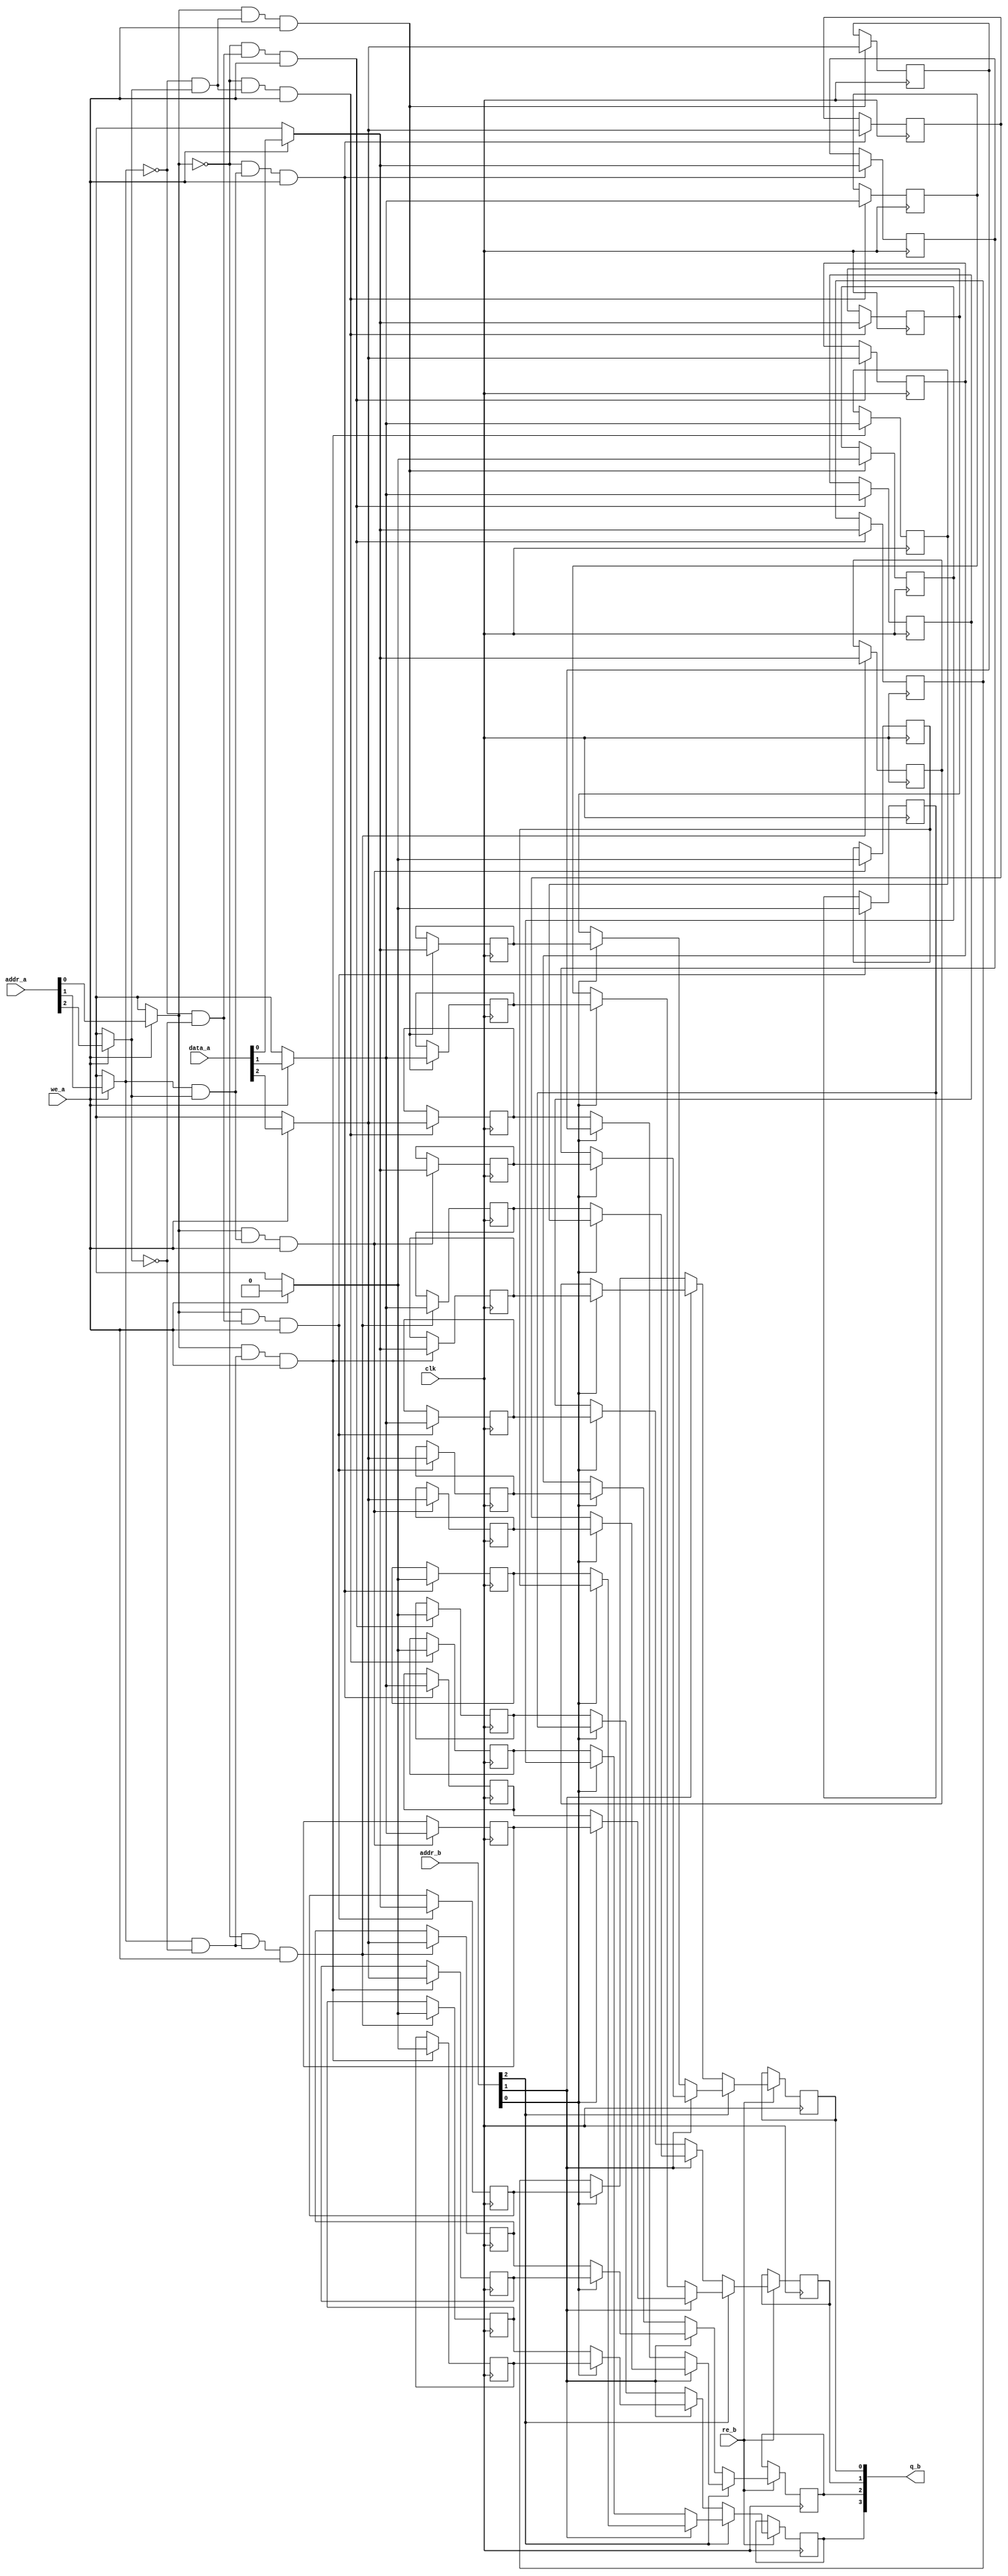
/* Generated by Yosys 0.7+281 (git sha1 d38a64b, gcc 4.9.2-10 -fPIC -Os) */

(* src = "DRAM/DRAM1.v:1" *)
module DRAM1(data_a, addr_a, addr_b, we_a, re_b, clk, q_b);
  (* src = "DRAM/DRAM1.v:15" *)
  wire [2:0] _000_;
  (* src = "DRAM/DRAM1.v:15" *)
  wire [3:0] _001_;
  wire _002_;
  wire _003_;
  wire _004_;
  wire _005_;
  wire _006_;
  wire _007_;
  wire _008_;
  wire _009_;
  wire _010_;
  wire _011_;
  wire _012_;
  wire _013_;
  wire _014_;
  wire _015_;
  wire _016_;
  wire [3:0] _017_;
  wire [3:0] _018_;
  wire [3:0] _019_;
  wire [3:0] _020_;
  wire [3:0] _021_;
  wire [3:0] _022_;
  wire [3:0] _023_;
  wire [3:0] _024_;
  wire _025_;
  wire _026_;
  wire _027_;
  wire _028_;
  wire _029_;
  wire _030_;
  wire _031_;
  wire _032_;
  wire [3:0] _033_;
  wire [3:0] _034_;
  wire [3:0] _035_;
  wire [3:0] _036_;
  wire [3:0] _037_;
  wire [3:0] _038_;
  wire [3:0] _039_;
  wire [3:0] _040_;
  (* src = "DRAM/DRAM1.v:4" *)
  input [2:0] addr_a;
  (* src = "DRAM/DRAM1.v:4" *)
  input [2:0] addr_b;
  (* src = "DRAM/DRAM1.v:5" *)
  input clk;
  (* src = "DRAM/DRAM1.v:3" *)
  input [2:0] data_a;
  (* src = "DRAM/DRAM1.v:6" *)
  output [3:0] q_b;
  reg [3:0] q_b;
  reg [3:0] \ram[0] ;
  reg [3:0] \ram[1] ;
  reg [3:0] \ram[2] ;
  reg [3:0] \ram[3] ;
  reg [3:0] \ram[4] ;
  reg [3:0] \ram[5] ;
  reg [3:0] \ram[6] ;
  reg [3:0] \ram[7] ;
  (* src = "DRAM/DRAM1.v:5" *)
  input re_b;
  (* src = "DRAM/DRAM1.v:5" *)
  input we_a;
  assign _021_[0] = addr_b[0] ? \ram[3] [0] : \ram[2] [0];
  assign _021_[1] = addr_b[0] ? \ram[3] [1] : \ram[2] [1];
  assign _021_[2] = addr_b[0] ? \ram[3] [2] : \ram[2] [2];
  assign _021_[3] = addr_b[0] ? \ram[3] [3] : \ram[2] [3];
  assign _036_[0] = _028_ ? _001_[0] : \ram[3] [0];
  assign _036_[1] = _028_ ? _001_[1] : \ram[3] [1];
  assign _036_[2] = _028_ ? _001_[2] : \ram[3] [2];
  assign _036_[3] = _028_ ? _001_[3] : \ram[3] [3];
  assign _019_[0] = addr_b[1] ? _023_[0] : _022_[0];
  assign _019_[1] = addr_b[1] ? _023_[1] : _022_[1];
  assign _019_[2] = addr_b[1] ? _023_[2] : _022_[2];
  assign _019_[3] = addr_b[1] ? _023_[3] : _022_[3];
  assign _020_[0] = addr_b[0] ? \ram[1] [0] : \ram[0] [0];
  assign _020_[1] = addr_b[0] ? \ram[1] [1] : \ram[0] [1];
  assign _020_[2] = addr_b[0] ? \ram[1] [2] : \ram[0] [2];
  assign _020_[3] = addr_b[0] ? \ram[1] [3] : \ram[0] [3];
  assign _023_[0] = addr_b[0] ? \ram[7] [0] : \ram[6] [0];
  assign _023_[1] = addr_b[0] ? \ram[7] [1] : \ram[6] [1];
  assign _023_[2] = addr_b[0] ? \ram[7] [2] : \ram[6] [2];
  assign _023_[3] = addr_b[0] ? \ram[7] [3] : \ram[6] [3];
  assign _034_[0] = _026_ ? _001_[0] : \ram[1] [0];
  assign _034_[1] = _026_ ? _001_[1] : \ram[1] [1];
  assign _034_[2] = _026_ ? _001_[2] : \ram[1] [2];
  assign _034_[3] = _026_ ? _001_[3] : \ram[1] [3];
  assign _017_[0] = re_b ? _024_[0] : q_b[0];
  assign _017_[1] = re_b ? _024_[1] : q_b[1];
  assign _017_[2] = re_b ? _024_[2] : q_b[2];
  assign _017_[3] = re_b ? _024_[3] : q_b[3];
  assign _040_[0] = _032_ ? _001_[0] : \ram[7] [0];
  assign _040_[1] = _032_ ? _001_[1] : \ram[7] [1];
  assign _040_[2] = _032_ ? _001_[2] : \ram[7] [2];
  assign _040_[3] = _032_ ? _001_[3] : \ram[7] [3];
  assign _024_[0] = addr_b[2] ? _019_[0] : _018_[0];
  assign _024_[1] = addr_b[2] ? _019_[1] : _018_[1];
  assign _024_[2] = addr_b[2] ? _019_[2] : _018_[2];
  assign _024_[3] = addr_b[2] ? _019_[3] : _018_[3];
  assign _039_[0] = _031_ ? _001_[0] : \ram[6] [0];
  assign _039_[1] = _031_ ? _001_[1] : \ram[6] [1];
  assign _039_[2] = _031_ ? _001_[2] : \ram[6] [2];
  assign _039_[3] = _031_ ? _001_[3] : \ram[6] [3];
  assign _033_[0] = _025_ ? _001_[0] : \ram[0] [0];
  assign _033_[1] = _025_ ? _001_[1] : \ram[0] [1];
  assign _033_[2] = _025_ ? _001_[2] : \ram[0] [2];
  assign _033_[3] = _025_ ? _001_[3] : \ram[0] [3];
  assign _018_[0] = addr_b[1] ? _021_[0] : _020_[0];
  assign _018_[1] = addr_b[1] ? _021_[1] : _020_[1];
  assign _018_[2] = addr_b[1] ? _021_[2] : _020_[2];
  assign _018_[3] = addr_b[1] ? _021_[3] : _020_[3];
  assign _038_[0] = _030_ ? _001_[0] : \ram[5] [0];
  assign _038_[1] = _030_ ? _001_[1] : \ram[5] [1];
  assign _038_[2] = _030_ ? _001_[2] : \ram[5] [2];
  assign _038_[3] = _030_ ? _001_[3] : \ram[5] [3];
  assign _037_[0] = _029_ ? _001_[0] : \ram[4] [0];
  assign _037_[1] = _029_ ? _001_[1] : \ram[4] [1];
  assign _037_[2] = _029_ ? _001_[2] : \ram[4] [2];
  assign _037_[3] = _029_ ? _001_[3] : \ram[4] [3];
  assign _001_[0] = we_a ? (* src = "DRAM/DRAM1.v:17" *) data_a[0] : 1'hx;
  assign _001_[1] = we_a ? (* src = "DRAM/DRAM1.v:17" *) data_a[1] : 1'hx;
  assign _001_[2] = we_a ? (* src = "DRAM/DRAM1.v:17" *) data_a[2] : 1'hx;
  assign _001_[3] = we_a ? (* src = "DRAM/DRAM1.v:17" *) 1'h0 : 1'hx;
  assign _035_[0] = _027_ ? _001_[0] : \ram[2] [0];
  assign _035_[1] = _027_ ? _001_[1] : \ram[2] [1];
  assign _035_[2] = _027_ ? _001_[2] : \ram[2] [2];
  assign _035_[3] = _027_ ? _001_[3] : \ram[2] [3];
  assign _000_[0] = we_a ? (* src = "DRAM/DRAM1.v:17" *) addr_a[0] : 1'hx;
  assign _000_[1] = we_a ? (* src = "DRAM/DRAM1.v:17" *) addr_a[1] : 1'hx;
  assign _000_[2] = we_a ? (* src = "DRAM/DRAM1.v:17" *) addr_a[2] : 1'hx;
  assign _022_[0] = addr_b[0] ? \ram[5] [0] : \ram[4] [0];
  assign _022_[1] = addr_b[0] ? \ram[5] [1] : \ram[4] [1];
  assign _022_[2] = addr_b[0] ? \ram[5] [2] : \ram[4] [2];
  assign _022_[3] = addr_b[0] ? \ram[5] [3] : \ram[4] [3];
  assign _016_ = ~_000_[2];
  assign _015_ = ~_000_[1];
  assign _014_ = ~_000_[0];
  always @(posedge clk)
      \ram[1] [0] <= _034_[0];
  always @(posedge clk)
      \ram[1] [1] <= _034_[1];
  always @(posedge clk)
      \ram[1] [2] <= _034_[2];
  always @(posedge clk)
      \ram[1] [3] <= _034_[3];
  always @(posedge clk)
      \ram[3] [0] <= _036_[0];
  always @(posedge clk)
      \ram[3] [1] <= _036_[1];
  always @(posedge clk)
      \ram[3] [2] <= _036_[2];
  always @(posedge clk)
      \ram[3] [3] <= _036_[3];
  always @(posedge clk)
      \ram[4] [0] <= _037_[0];
  always @(posedge clk)
      \ram[4] [1] <= _037_[1];
  always @(posedge clk)
      \ram[4] [2] <= _037_[2];
  always @(posedge clk)
      \ram[4] [3] <= _037_[3];
  always @(posedge clk)
      \ram[6] [0] <= _039_[0];
  always @(posedge clk)
      \ram[6] [1] <= _039_[1];
  always @(posedge clk)
      \ram[6] [2] <= _039_[2];
  always @(posedge clk)
      \ram[6] [3] <= _039_[3];
  always @(posedge clk)
      \ram[5] [0] <= _038_[0];
  always @(posedge clk)
      \ram[5] [1] <= _038_[1];
  always @(posedge clk)
      \ram[5] [2] <= _038_[2];
  always @(posedge clk)
      \ram[5] [3] <= _038_[3];
  always @(posedge clk)
      \ram[7] [0] <= _040_[0];
  always @(posedge clk)
      \ram[7] [1] <= _040_[1];
  always @(posedge clk)
      \ram[7] [2] <= _040_[2];
  always @(posedge clk)
      \ram[7] [3] <= _040_[3];
  always @(posedge clk)
      q_b[0] <= _017_[0];
  always @(posedge clk)
      q_b[1] <= _017_[1];
  always @(posedge clk)
      q_b[2] <= _017_[2];
  always @(posedge clk)
      q_b[3] <= _017_[3];
  always @(posedge clk)
      \ram[2] [0] <= _035_[0];
  always @(posedge clk)
      \ram[2] [1] <= _035_[1];
  always @(posedge clk)
      \ram[2] [2] <= _035_[2];
  always @(posedge clk)
      \ram[2] [3] <= _035_[3];
  always @(posedge clk)
      \ram[0] [0] <= _033_[0];
  always @(posedge clk)
      \ram[0] [1] <= _033_[1];
  always @(posedge clk)
      \ram[0] [2] <= _033_[2];
  always @(posedge clk)
      \ram[0] [3] <= _033_[3];
  assign _027_ = _006_ & we_a;
  assign _002_ = _015_ & _016_;
  assign _028_ = _007_ & we_a;
  assign _008_ = _015_ & _000_[2];
  assign _006_ = _014_ & _005_;
  assign _005_ = _000_[1] & _016_;
  assign _026_ = _004_ & we_a;
  assign _032_ = _013_ & we_a;
  assign _013_ = _000_[0] & _011_;
  assign _031_ = _012_ & we_a;
  assign _012_ = _014_ & _011_;
  assign _011_ = _000_[1] & _000_[2];
  assign _004_ = _000_[0] & _002_;
  assign _025_ = _003_ & we_a;
  assign _009_ = _014_ & _008_;
  assign _003_ = _014_ & _002_;
  assign _010_ = _000_[0] & _008_;
  assign _029_ = _009_ & we_a;
  assign _030_ = _010_ & we_a;
  assign _007_ = _000_[0] & _005_;
endmodule

(* top =  1  *)
(* src = "FIFO.v:4" *)
module FIFO(data_a, clk, push, pop, reset, q_b, error, full, empty, almost_full, almost_empty);
  (* src = "FIFO.v:9" *)
  output almost_empty;
  (* src = "FIFO.v:9" *)
  output almost_full;
  (* src = "FIFO.v:7" *)
  input clk;
  (* src = "FIFO.v:6" *)
  input [3:0] data_a;
  (* src = "FIFO.v:9" *)
  output empty;
  (* src = "FIFO.v:9" *)
  output error;
  (* src = "FIFO.v:9" *)
  output full;
  (* src = "FIFO.v:7" *)
  input pop;
  (* src = "FIFO.v:7" *)
  input push;
  (* src = "FIFO.v:8" *)
  output [3:0] q_b;
  (* src = "FIFO.v:7" *)
  input reset;
  (* src = "FIFO.v:17" *)
  DRAM1 ram (
    .addr_a(3'h0),
    .addr_b(3'h0),
    .clk(clk),
    .data_a(data_a[2:0]),
    .q_b(q_b),
    .re_b(pop),
    .we_a(push)
  );
  assign almost_empty = 1'h0;
  assign almost_full = 1'h0;
  assign empty = 1'h1;
  assign error = 1'h0;
  assign full = 1'h0;
endmodule